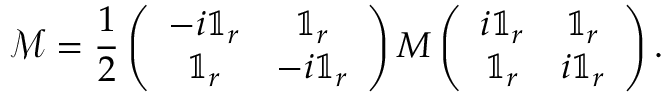
\mathcal { M } = \frac { 1 } { 2 } \left( \begin{array} { c c } { - i \mathbb { 1 } _ { r } } & { \mathbb { 1 } _ { r } } \\ { \mathbb { 1 } _ { r } } & { - i \mathbb { 1 } _ { r } } \end{array} \right) M \left( \begin{array} { c c } { i \mathbb { 1 } _ { r } } & { \mathbb { 1 } _ { r } } \\ { \mathbb { 1 } _ { r } } & { i \mathbb { 1 } _ { r } } \end{array} \right) .